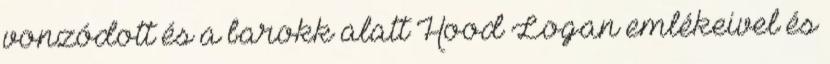
vonzódott és a barokk alatt Hood Logan emlékeivel és